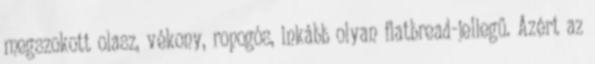
megszokott olasz, vékony, ropogós, inkább olyan flatbread-jellegű. Azért az